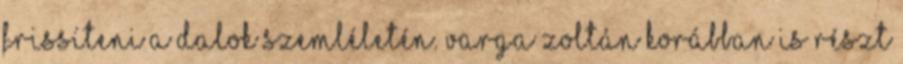
frissíteni a dalok szemléletén. Varga Zoltán korábban is részt